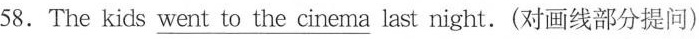
58.The kids \underline{went to the cinema} last night.(对画线部分提问)